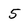
Character: 5